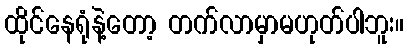
ထိုင်နေရုံနဲ့တော့ တက်လာမှာမဟုတ်ပါဘူး။